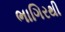
ભાગિરથી